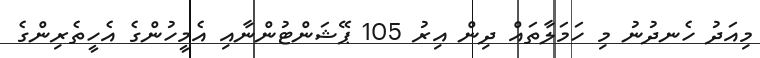
މިއަދު ހެނދުނު މި ހަމަލާތައް ދިން އިރު 105 ޕޭޝަންޓުންނާއި އެމީހުންގެ އެހީތެރިންގެ